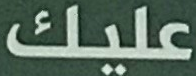
عليك